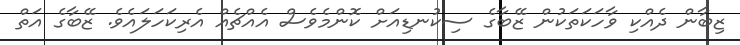
ޒިބާން ދެއްކި ވާހަކަތަކުން ޒޭބާގެ ސިކުނޑިއަށް ކޮންމެވެސް އެއްޗެއް އެރިކަހަލައެވެ. ޒޭބާގެ އަތް